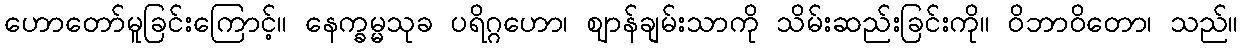
ဟောတော်မူခြင်းကြောင့်။ နေက္ခမ္မသုခ ပရိဂ္ဂဟော၊ ဈာန်ချမ်းသာကို သိမ်းဆည်းခြင်းကို။ ဝိဘာဝိတော၊ သည်။